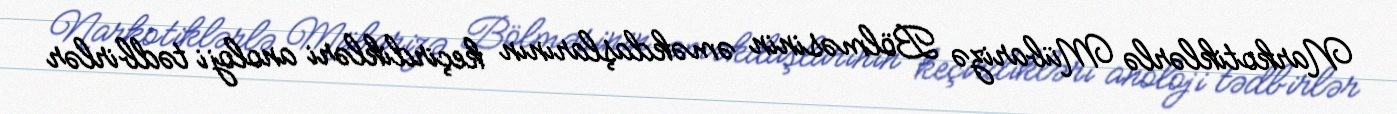
Narkotiklərlə Mübarizə Bölməsinin əməkdaşlarının keçirdikləri anoloji tədbirlər